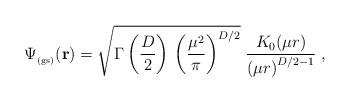
LaTeX: \begin{align*}\Psi_{_{\rm (gs)}} ({\bf r})=\sqrt{\Gamma \left( \frac{D}{2} \right) \,\left( \frac{\mu^{2}}{\pi}\right)^{D/2}}\;\frac{K_{0} (\mu r)}{ \left( \mu r \right)^{D/2 -1} }\; ,\end{align*}